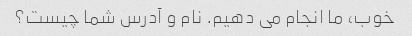
خوب، ما انجام می دهیم. نام و آدرس شما چیست؟